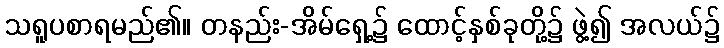
သရူပစာရမည်၏။ တနည်း-အိမ်ရှေ့၌ ထောင့်နှစ်ခုတို့၌ ဖွဲ့၍ အလယ်၌